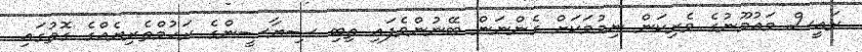
ރައީސް މައުމޫނުގެ ވެރިކަން ނިމުމަކަށް ގެންނަން ބޭނުންވެފައި ތިބި ސިޔާސީންގެ ރަހުމްތެރިޔެއްގެ ގޮތުގައި